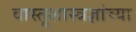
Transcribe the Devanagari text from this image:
वास्तूशास्त्रज्ञांच्या